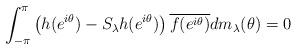
LaTeX: \begin{align*} \int_{-\pi}^{\pi}\left(h(e^{i\theta})-S_{\lambda}h(e^{i\theta})\right)\overline{f(e^{i\theta})}dm_{\lambda}(\theta)=0\end{align*}